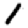
Digit: 1